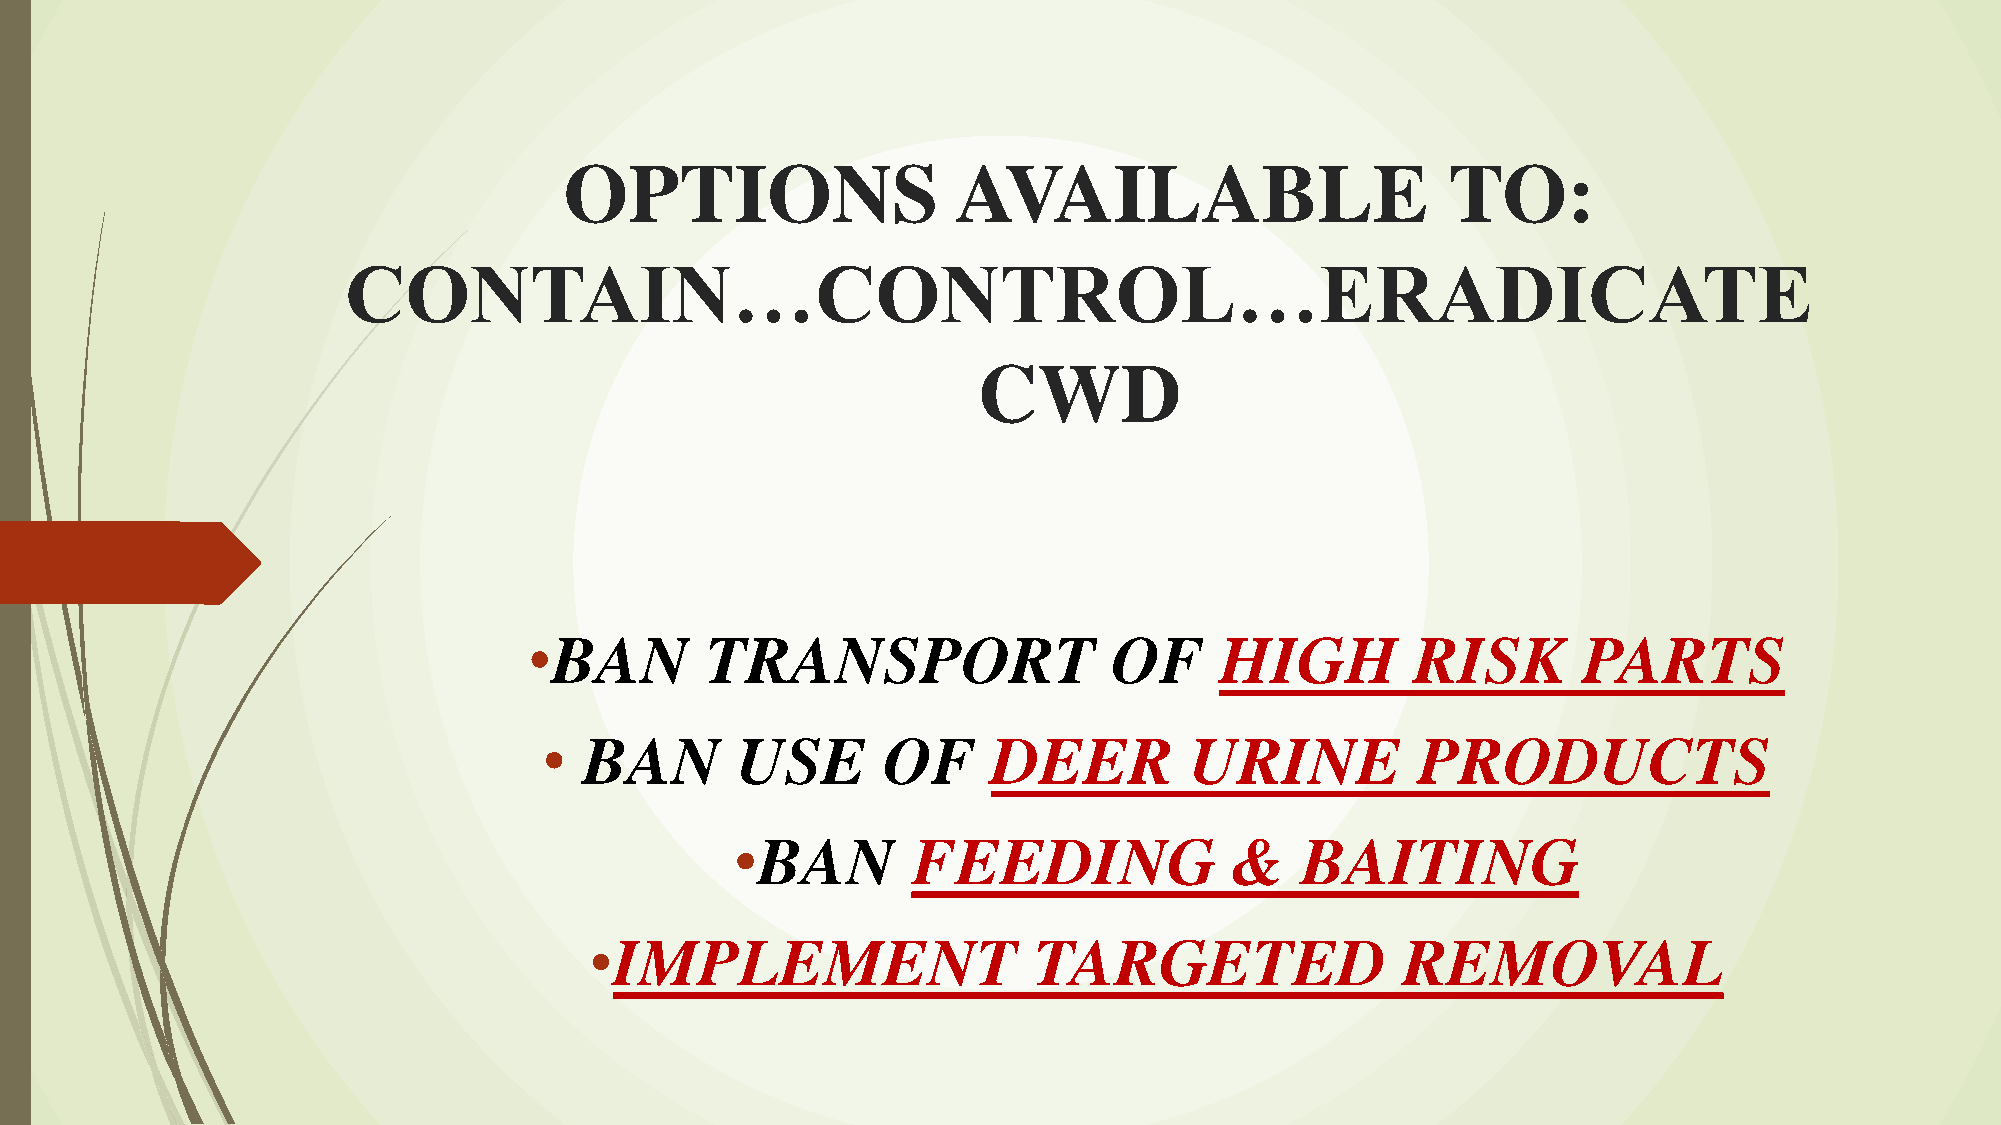
OPTIONS                   AVAILABLE                        TO:
 CONTAIN…CONTROL…ERADICATE
 CWD
 •BAN        TRANSPORT                  OF     HIGH         RISK       PARTS
 •  BAN       USE      OF      DEER         URINE          PRODUCTS
 •BAN       FEEDING               &   BAITING
 •IMPLEMENT                   TARGETED                 REMOVAL